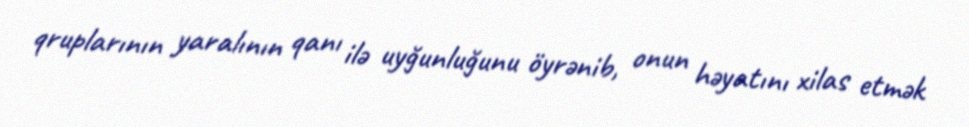
qruplarının yaralının qanı ilə uyğunluğunu öyrənib, onun həyatını xilas etmək